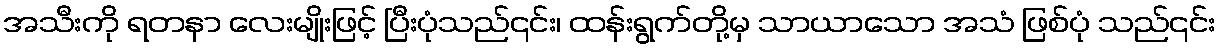
အသီးကို ရတနာ လေးမျိုးဖြင့် ပြီးပုံသည်၎င်း၊ ထန်းရွက်တို့မှ သာယာသော အသံ ဖြစ်ပုံ သည်၎င်း